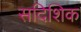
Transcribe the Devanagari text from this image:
सदिशिक